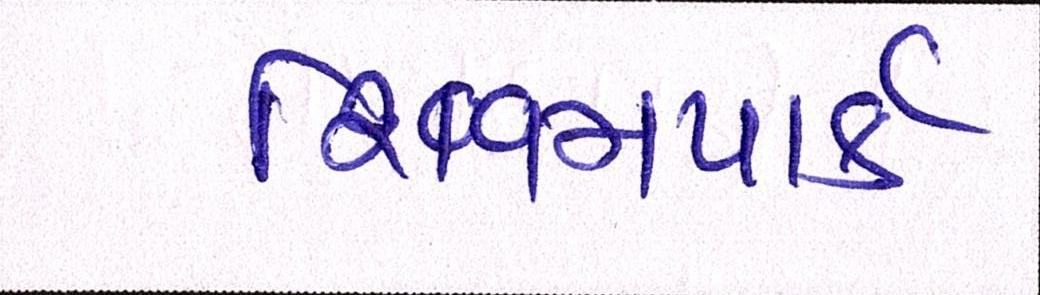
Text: શિવમપાર્ક